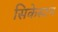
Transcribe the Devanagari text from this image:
सिकेस्टन